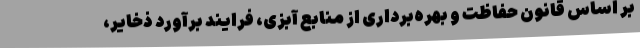
بر اساس قانون حفاظت و بهره‌برداری از منابع آبزی، فرایند برآورد ذخایر،